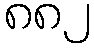
၈၈၂